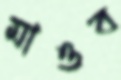
মাওব